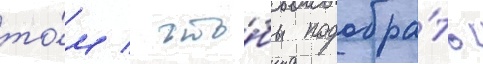
то́м / что́бы подобра́ть